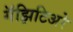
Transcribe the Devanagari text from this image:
गॅझिटिअरे